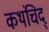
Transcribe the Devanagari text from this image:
कथंचिद्